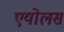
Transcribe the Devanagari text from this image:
एयोलस